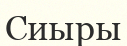
Сиыры